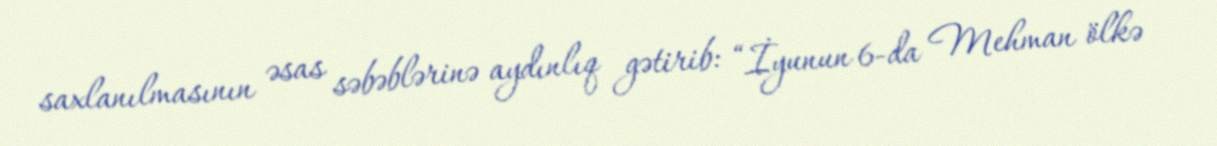
saxlanılmasının əsas səbəblərinə aydınlıq gətirib: “İyunun 6-da Mehman ölkə